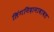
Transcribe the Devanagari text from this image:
लिंगनिदानाबाबत